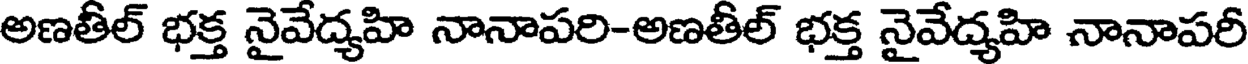
అణతీల్ భక్త నైవేద్యహి నానాపరి-అణతీల్ భక్త నైవేద్యహి నానాపరీ